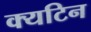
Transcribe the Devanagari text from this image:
क्यटिन